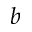
b